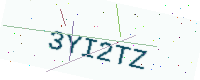
Text: 3YI2TZ